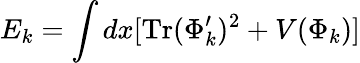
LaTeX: E_{k}=\int dx[\mathrm{Tr}(\Phi_{k}^{\prime})^{2}+V(\Phi_{k})]